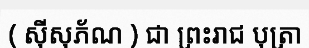
( ស៊ីសុភ័ណ ) ជា ព្រះរាជ បុត្រា